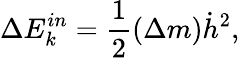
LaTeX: \Delta E_{k}^{in}=\frac{1}{2}(\Delta m)\dot{h}^{2},